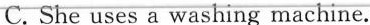
C. She uses a washing machine. ( )